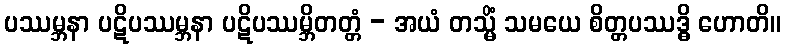
ပဿမ္ဘနာ ပဋိပဿမ္ဘနာ ပဋိပဿမ္ဘိတတ္တံ - အယံ တသ္မိံ သမယေ စိတ္တပဿဒ္ဓိ ဟောတိ။